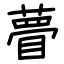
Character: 瞢